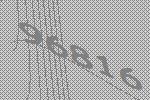
96816